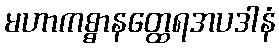
မဟာကစ္စာနတ္ထေရအပဒါနံ